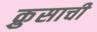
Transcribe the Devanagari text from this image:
क्रुसाची